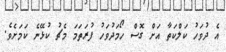
އެ ދުވަހު ކަލްކަތާ އަށް ގޮސް ހޯމަދުވަހު ފުރަތަމަ މެޗު ކުޅޭނެ ކަމަށެވެ.